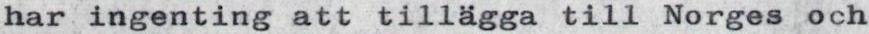
har ingenting att tillägga till Norges och